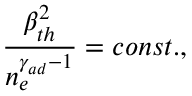
\frac { \beta _ { t h } ^ { 2 } } { n _ { e } ^ { \gamma _ { a d } - 1 } } = c o n s t . ,